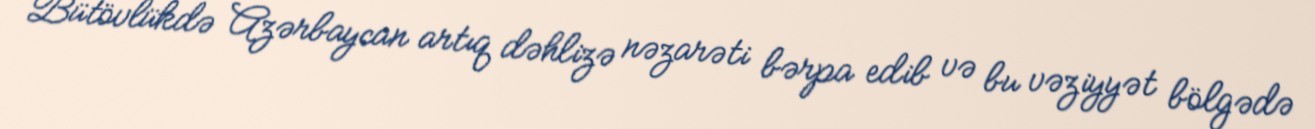
Bütövlükdə Azərbaycan artıq dəhlizə nəzarəti bərpa edib və bu vəziyyət bölgədə